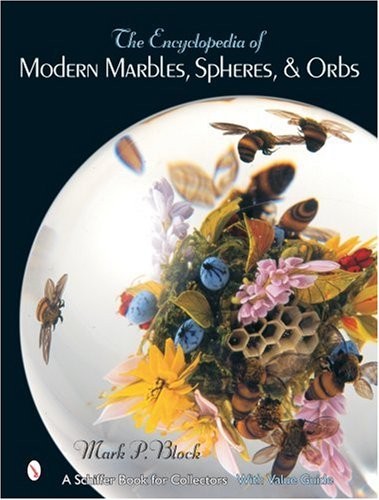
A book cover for The Encyclopedia of Modern Marbles, Spheres, & Orbs (Schiffer Book for Collectors with Value Guide); Mark P. Block; Crafts, Hobbies & Home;